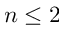
n \le 2